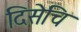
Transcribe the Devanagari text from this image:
दिसेचि